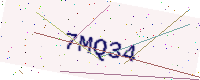
Text: 7MQ34